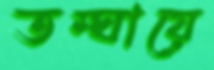
তম্ঘায়ে